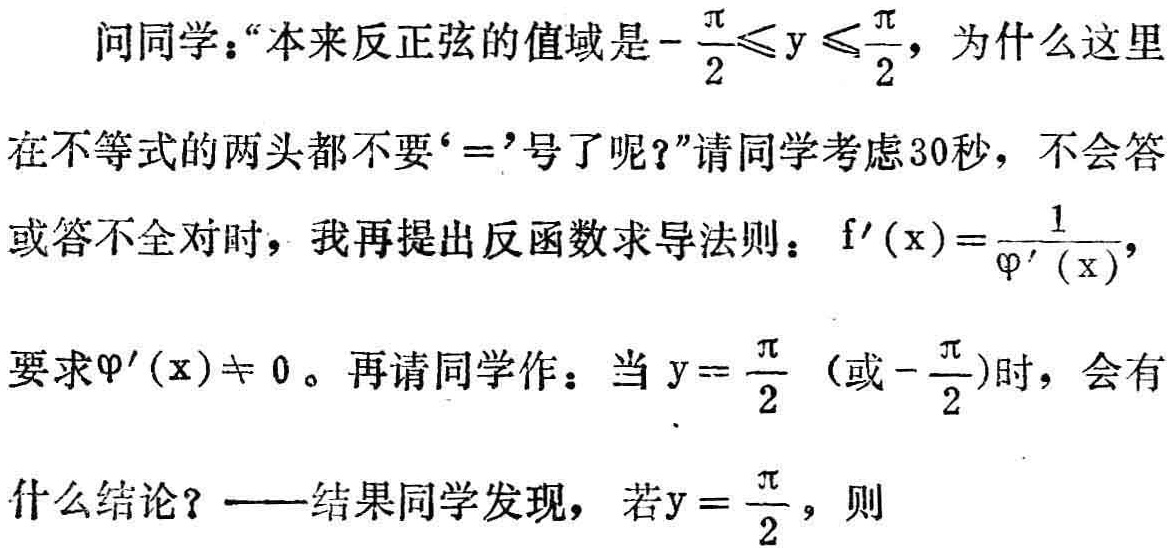
问同学：“本来反正弦的值域是\(-\frac{\pi}{2}\leqslant y \leqslant\frac{\pi}{2}\)，为什么这里在不等式的两头都不要‘\(=\)’号了呢？”请同学考虑30秒，不会答或答不全对时，我再提出反函数求导法则：\(f^{\prime}(x)=\frac{1}{\varphi^{\prime}(x)}\)，要求\(\varphi^{\prime}(x)\neq 0\)。再请同学作：当\(y = \frac{\pi}{2}\)（或\(-\frac{\pi}{2}\)）时，会有什么结论？——结果同学发现，若\(y = \frac{\pi}{2}\)，则